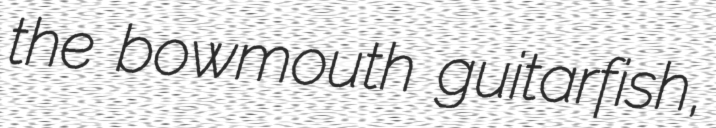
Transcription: the bowmouth guitarfish,